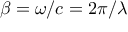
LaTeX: \beta = \omega / c = 2 \pi / \lambda